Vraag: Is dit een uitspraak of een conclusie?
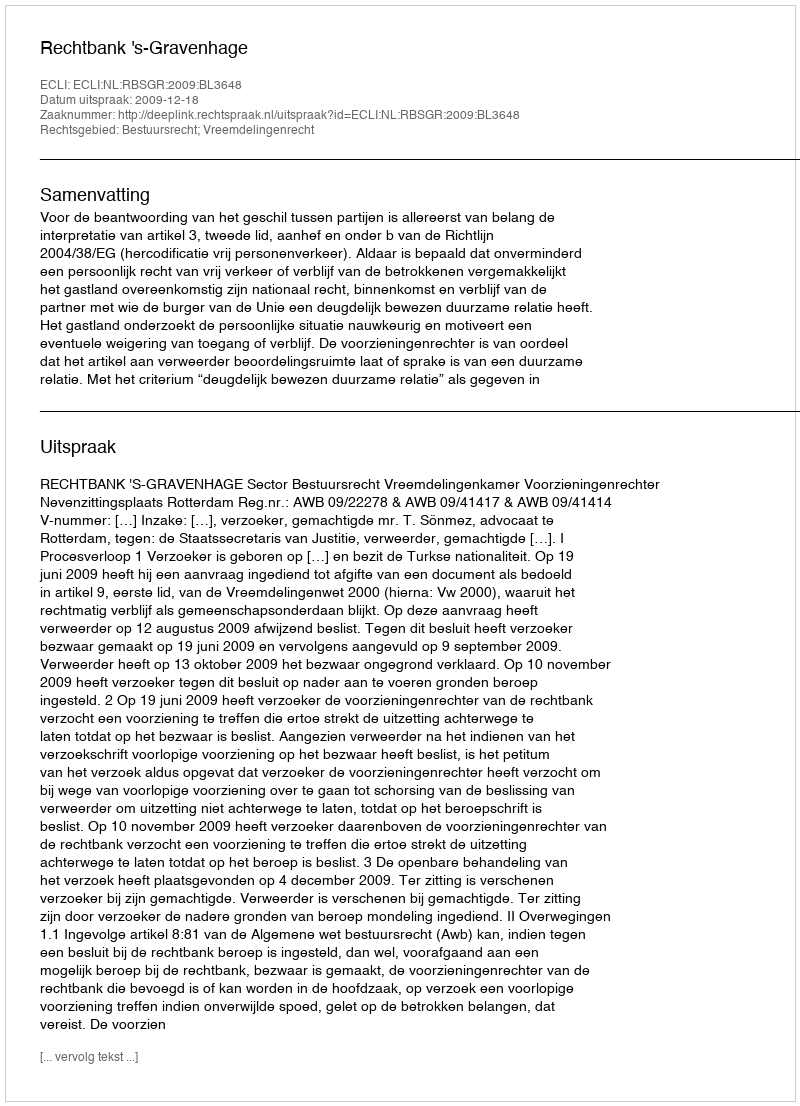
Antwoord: Uitspraak